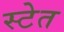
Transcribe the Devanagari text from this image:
स्टेत